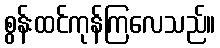
စွန်းထင်ကုန်ကြလေသည်။